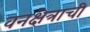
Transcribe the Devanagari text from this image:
वनक्षेत्राची